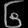
Digit: ၆